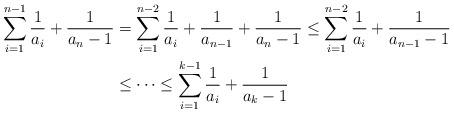
LaTeX: \begin{align*}\sum_{i=1}^{n-1} \frac{1}{a_i} + \frac{1}{a_n -1}& = \sum_{i=1}^{n-2} \frac{1}{a_i} + \frac{1}{a_{n -1}} + \frac{1}{a_n -1} \leq \sum_{i=1}^{n-2} \frac{1}{a_i} + \frac{1}{a_{n -1} -1} \\& \leq \cdots \leq \sum_{i=1}^{k-1} \frac{1}{a_i} + \frac{1}{a_k-1} \end{align*}